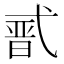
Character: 𭚣